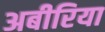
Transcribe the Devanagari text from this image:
अबीरिया